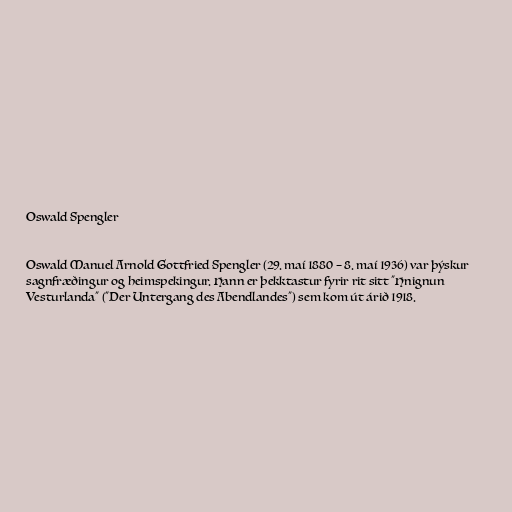
Oswald Spengler

Oswald Manuel Arnold Gottfried Spengler (29. maí 1880 – 8. maí 1936) var þýskur
sagnfræðingur og heimspekingur. Hann er þekktastur fyrir rit sitt "Hnignun
Vesturlanda" ("Der Untergang des Abendlandes") sem kom út árið 1918.